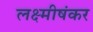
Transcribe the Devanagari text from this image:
लक्ष्मीषंकर